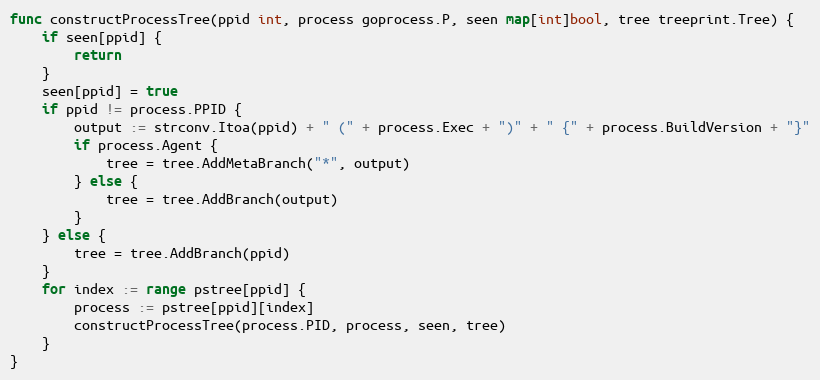
Language: Go
func constructProcessTree(ppid int, process goprocess.P, seen map[int]bool, tree treeprint.Tree) {
	if seen[ppid] {
		return
	}
	seen[ppid] = true
	if ppid != process.PPID {
		output := strconv.Itoa(ppid) + " (" + process.Exec + ")" + " {" + process.BuildVersion + "}"
		if process.Agent {
			tree = tree.AddMetaBranch("*", output)
		} else {
			tree = tree.AddBranch(output)
		}
	} else {
		tree = tree.AddBranch(ppid)
	}
	for index := range pstree[ppid] {
		process := pstree[ppid][index]
		constructProcessTree(process.PID, process, seen, tree)
	}
}